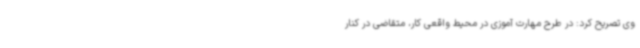
وی تصریح کرد: در طرح مهارت آموزی در محیط واقعی کار، متقاضی در کنار